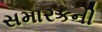
સમારકની